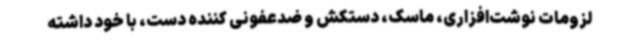
لزومات نوشت‌افزاری، ماسک، دستکش و ضدعفونی کننده دست، با خود داشته